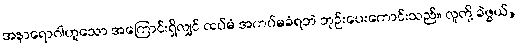
အနာရောဂါဟူသော အကြောင်းရှိလျှင် ထပ်မံ အကပ်မခံရဘဲ ဘုဉ်းပေးကောင်းသည်။ လူတို့ ခဲဖွယ်,